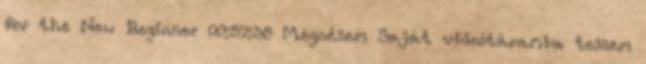
for the New Beginner 00:57:38 Megnézem Saját videótáramba teszem